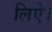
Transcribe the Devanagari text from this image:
लिऐ।